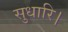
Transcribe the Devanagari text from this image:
सुधारि।